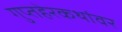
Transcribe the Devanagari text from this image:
गुप्तहेरकथांवर